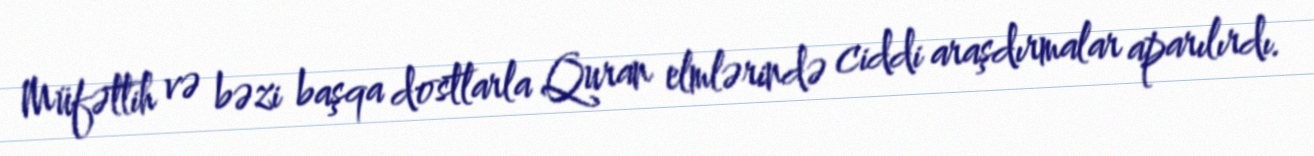
Müfəttih və bəzi başqa dostlarla Quran elmlərində ciddi araşdırmalar aparılırdı.